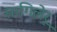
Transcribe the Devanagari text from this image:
सागिलेरू